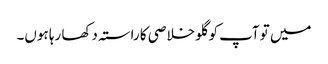
میں تو آپ کو گلو خلاصی کا راستہ دکھا رہا ہوں۔